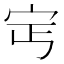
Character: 𡧎